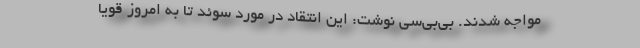
مواجه شدند. بی‌بی‌سی نوشت: این انتقاد در مورد سوئد تا به امروز قویا